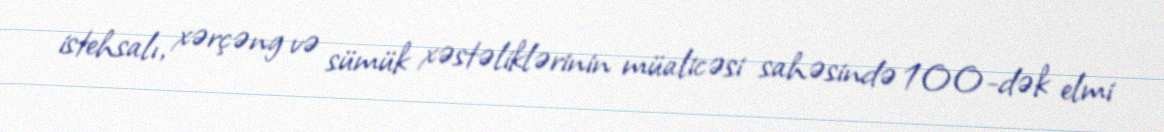
istehsalı, xərçəng və sümük xəstəliklərinin müalicəsi sahəsində 100-dək elmi